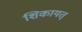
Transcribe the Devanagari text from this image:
शिकायत्